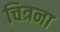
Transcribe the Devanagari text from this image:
चित्रना